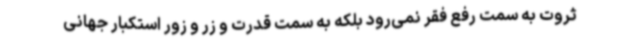
ثروت به سمت رفع فقر نمی‌رود بلکه به سمت قدرت و زر و زور استکبار جهانی